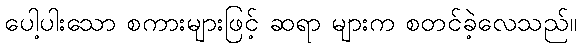
ပေါ့ပါးသော စကားများဖြင့် ဆရာ များက စတင်ခဲ့လေသည်။